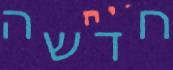
חדשה